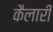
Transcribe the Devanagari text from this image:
कैलारी